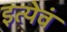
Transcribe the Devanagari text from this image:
इत्येवं